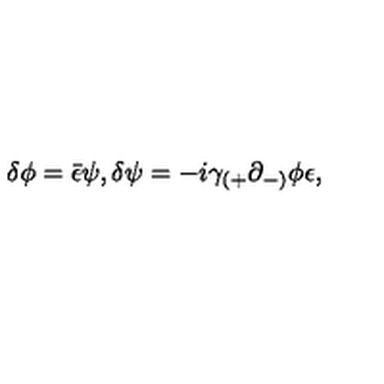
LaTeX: \delta \phi = { \bar { \epsilon } } \psi , \delta \psi = - i \gamma _ { ( + } \partial _ { - ) } \phi \epsilon ,